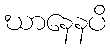
ဃာနေနပိ